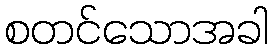
စတင်သောအခါ